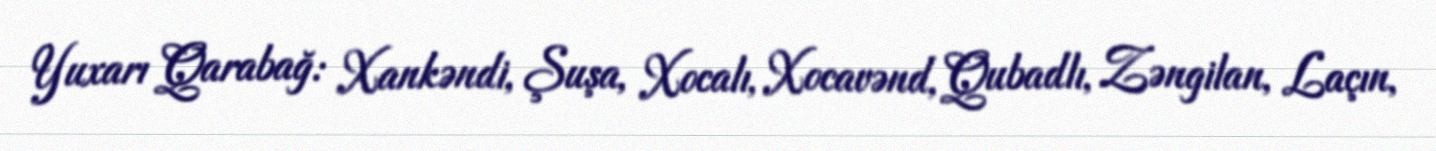
Yuxarı Qarabağ: Xankəndi, Şuşa, Xocalı, Xocavənd, Qubadlı, Zəngilan, Laçın,